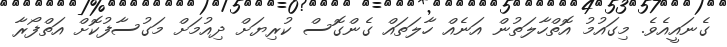
ގެނައީއެވެ. މިގައުމު އޮތްހާލަތުން އަނެއް ހާލަތައް ގެންގޮސް ކުރިޔަށް ދިއުމަށް މަގުސާފުކޮށް އަތްފޯރާ